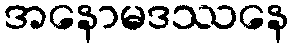
အနောမဒဿနေ